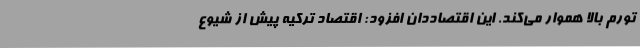
تورم بالا هموار می‌کند. این اقتصاددان افزود: اقتصاد ترکیه پیش از شیوع